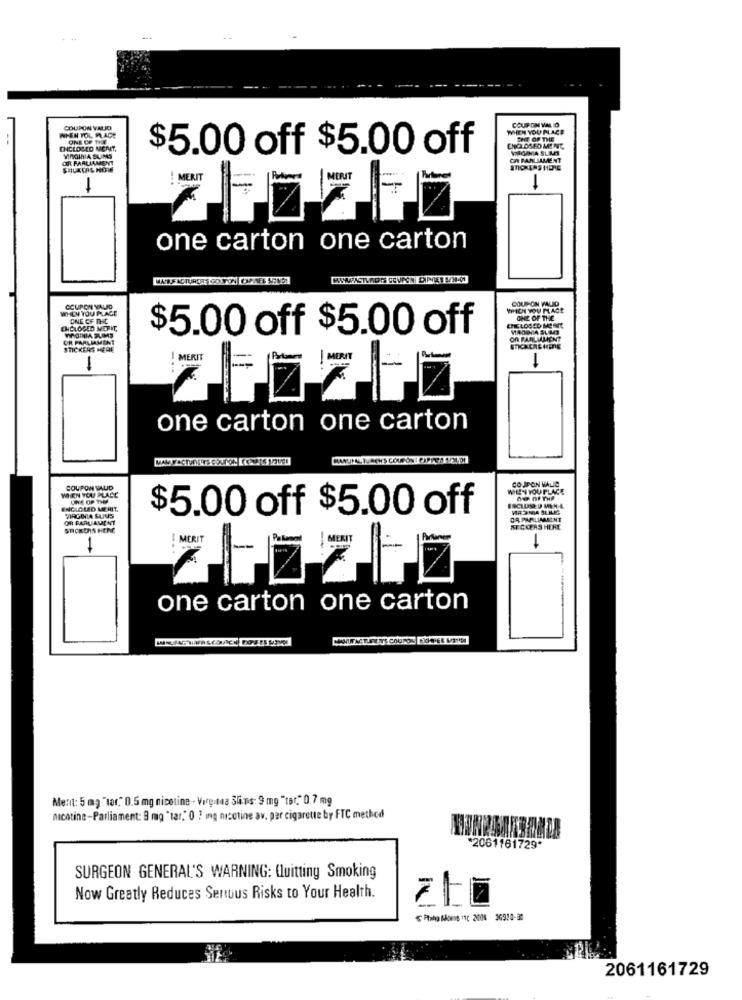
COUPON WN. O
WHEN YOL MADE
COUPON VALID
WHEN YOU PLACE
SHE OF THE
ENCLOSED NICHT,
$5.00 off $5.00 off
ENCLOSEO MENT
Of PARLIAMENT
VIRGINIA SLIMS
ON PARLIAMENT
-
one carton one carton
THEN YOU PLACE
COUPON VALID
WHICH YOU MAGE
COUP-CIN WALID
ONE OF THE
ONE OF THE
ENCLOSED MEFIT,
$5.00 off $5.00 off
CHCLOSED MERIL
OR PARLIAMENT
On PARLIALIENT
STICKERS MEHE
-
one carton one carton
WHEN YOU PLACE
COUPON VALID
WHEN YOU PLACE
INCLUS U MEN-L
ne Of THE
INCICUD MERIT.
$5.00 off $5.00 off
MARGCIA SUJUS
OR PARLAMENT
OR PARLIMINT
STICKERS HERE
MEGCENS HEHE
one carton one carton
Ment: 5 mg "tar." 0.5 mg nicotine -- Vergata Slims: 9 mg "tst." 0.7 mg
nicotine-Parliament: 9 mg " tar.' 0 ? ing nicotine av. par cigarette by FTC method
*2061161729*
SURGEON GENERAL'S WARNING: Quitting Smoking
Now Greatly Reduces Sertous Risks to Your Health.
Halo Moms .1( 2008 36910-31
2061161729